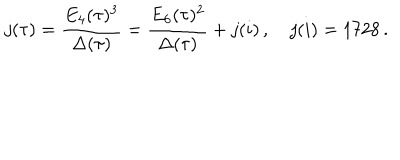
j ( \tau ) = \frac { E _ { 4 } ( \tau ) ^ { 3 } } { \Delta ( \tau ) } = \frac { E _ { 6 } ( \tau ) ^ { 2 } } { \Delta ( \tau ) } + j ( i ) \, , \quad j ( i ) = 1 7 2 8 \, .